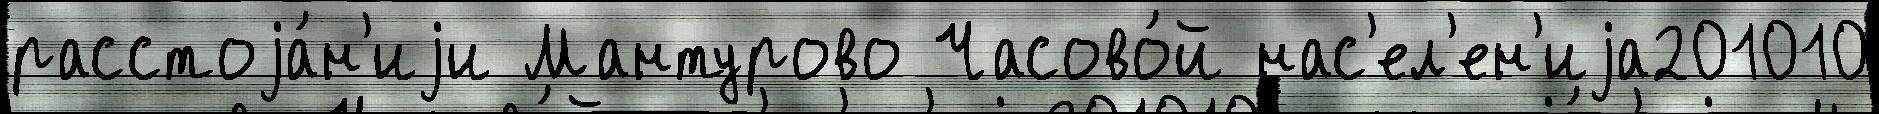
расстоjа́н'иjи Мантурово Часово́й нас'ел'ен'иjа201010